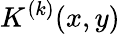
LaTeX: K^{(k)}({x},{y})